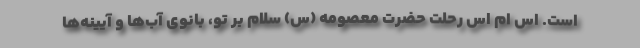
است. اس ام اس رحلت حضرت معصومه (س) سلام بر تو، بانوی آب‌ها و آیینه‌ها